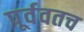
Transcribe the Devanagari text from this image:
पूर्ववतच